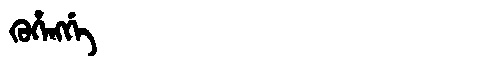
Manchu: ᡴᡠᡥᡝᠩᡤᡝ
Romanization: KUHENGGE